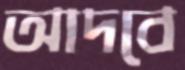
আদবে